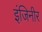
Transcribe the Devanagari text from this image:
इंजिनीर